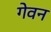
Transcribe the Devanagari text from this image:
गेवन